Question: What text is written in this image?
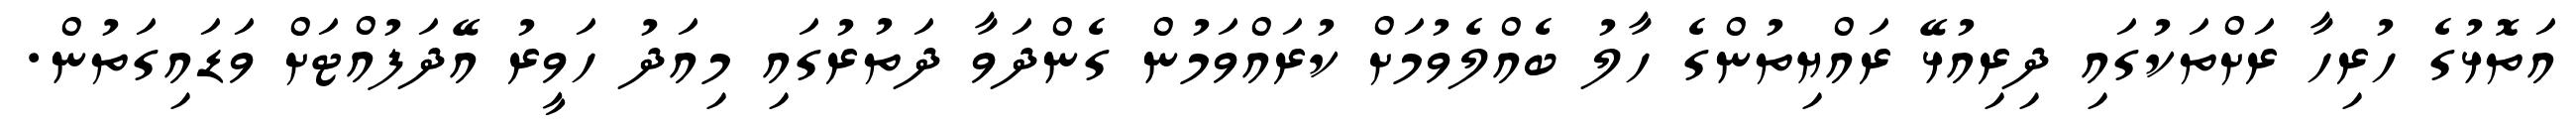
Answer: އަތޮޅުގެ ހުރިހާ ރަށްތަކުގައި ދިރިއުޅޭ ރައްޔިތުންގެ ހާލު ބެއްލެވުމަށް ކުރައްވަމުން ގެންދަވާ ދަތުރުގައި މިއަދު ހަވީރު އޭދަފުއްޓަށް ވަޑައިގަތުން.